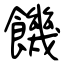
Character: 饑